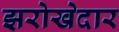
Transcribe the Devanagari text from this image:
झरोखेदार